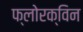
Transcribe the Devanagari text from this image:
फ्लोरक्विन